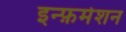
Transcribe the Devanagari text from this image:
इन्फ़र्मेशन